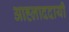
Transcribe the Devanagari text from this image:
आह्लाददायी